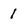
Character: 1